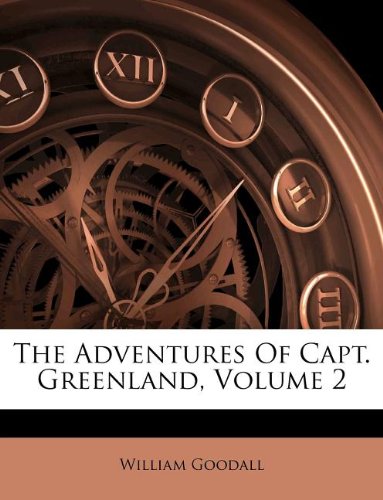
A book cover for The Adventures Of Capt. Greenland, Volume 2; William Goodall; History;